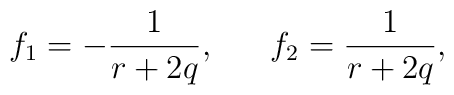
f_{1}=-\frac{1}{r+2q},~~~~~f_{2}=\frac{1}{r+2q},